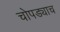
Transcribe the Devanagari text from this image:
चोपड्याच